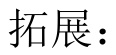
拓展：